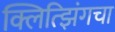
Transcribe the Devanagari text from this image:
क्लित्झिंगचा